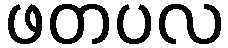
ဖတပလ